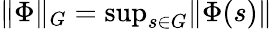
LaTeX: \| \Phi\| _{G}={\mathrm{sup}}_{s\in G}\| \Phi(s)\|